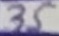
Text: 35